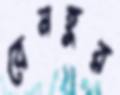
বেনহুর